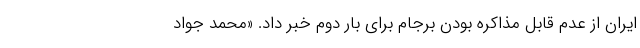
ایران از عدم قابل مذاکره بودن برجام برای بار دوم خبر داد. «محمد جواد